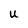
Character: U